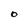
Character: O